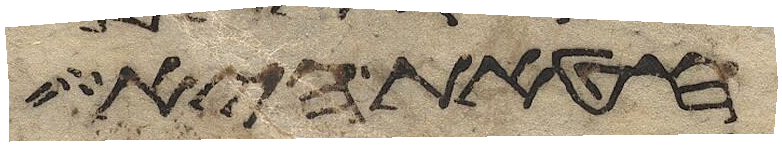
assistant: חטאת היא